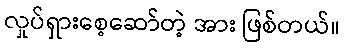
လှုပ်ရှားစေ့ဆော်တဲ့ အား ဖြစ်တယ်။